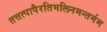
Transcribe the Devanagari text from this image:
तत्तत्पापैरतिमलिनमन्तर्मम